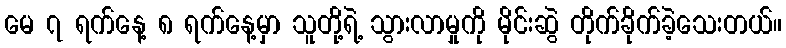
မေ ၇ ရက်နေ့ ၈ ရက်နေ့မှာ သူတို့ရဲ့ သွားလာမှုကို မိုင်းဆွဲ တိုက်ခိုက်ခဲ့သေးတယ်။